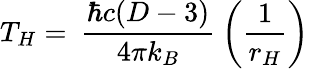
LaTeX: T_{H}=\: \frac{\hbar c(D-3)}{4\pi k_{B}}\: \left(\frac{1}{r_{H}}\right)